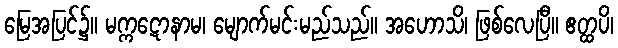
မြေအပြင်၌။ မက္ကဋောနာမ၊ မျောက်မင်းမည်သည်။ အဟောသိ၊ ဖြစ်လေပြီ။ ဧတ္ထပိ၊